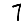
Digit: 7